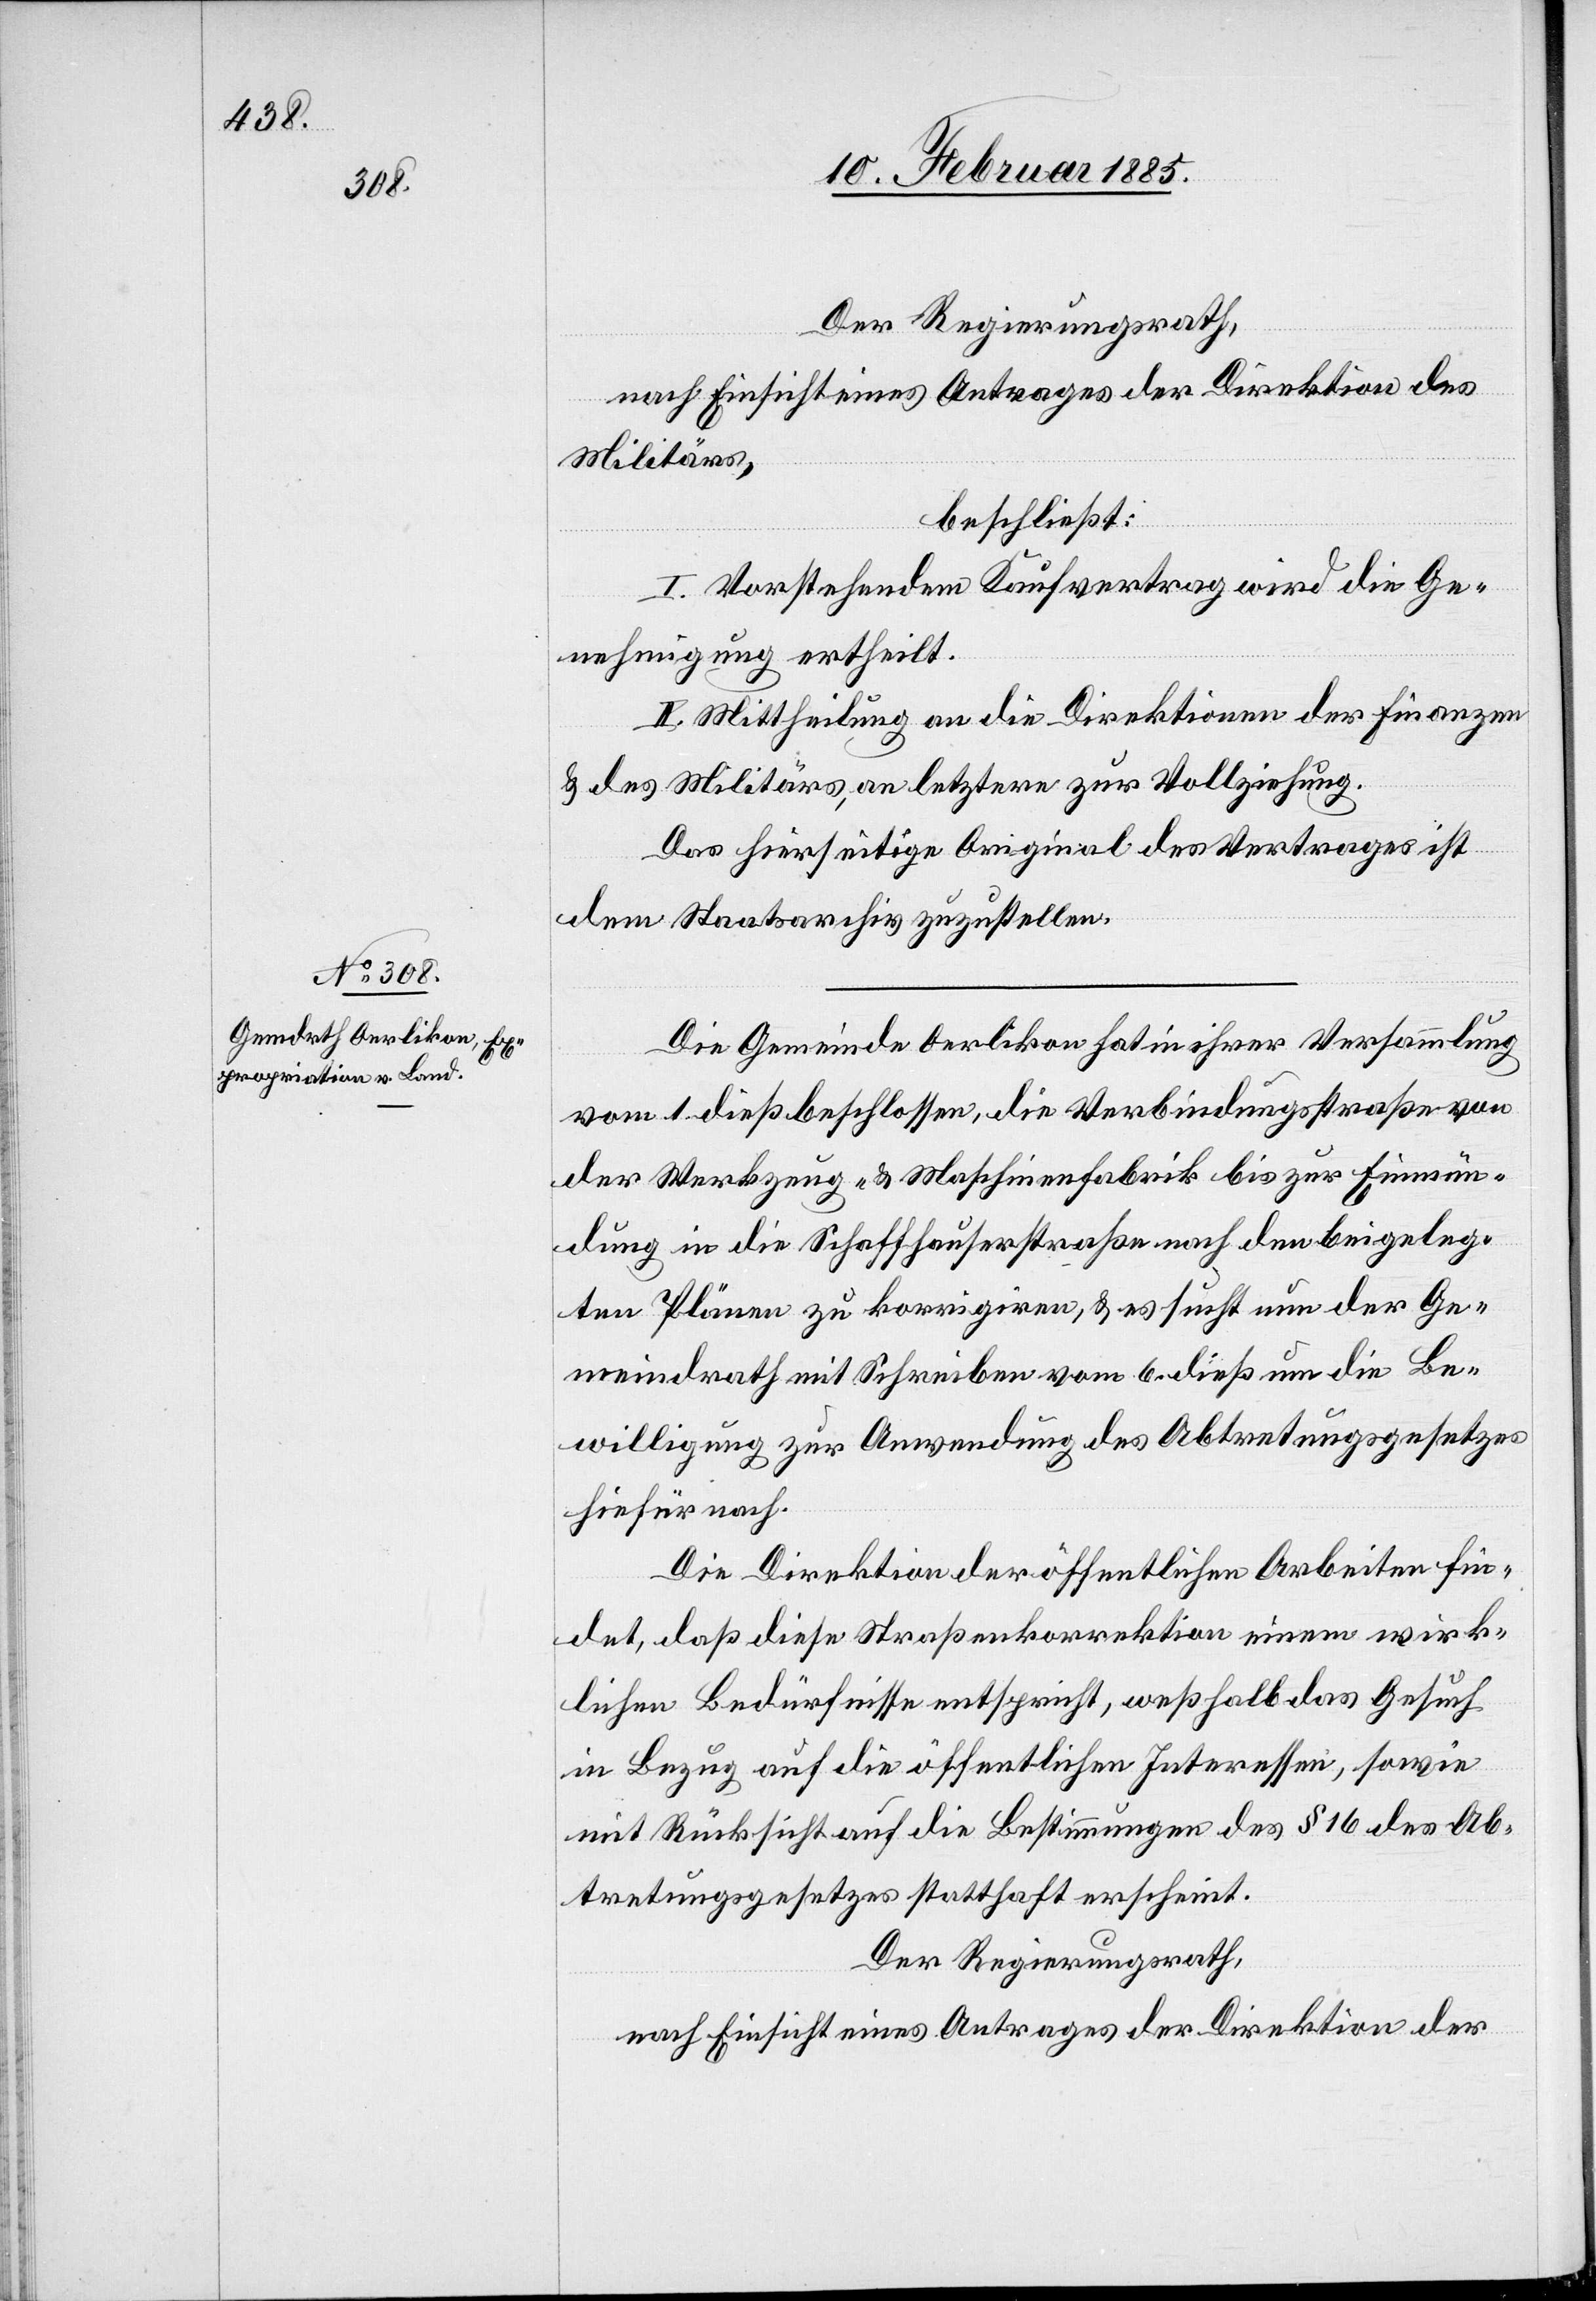
Der Regierungsrath,
nach Einsicht eines Antrages der Direktion des
Militärs,
beschließt:
I. Vorstehendem Kaufvertrag wird die Ge¬
nehmigung ertheilt.
II. Mittheilung an die Direktionen der Finanzen
& des Militärs, an letztere zur Vollziehung.
Das hierseitige Original des Vertrages ist
dem Staatsarchiv zuzustellen.
Die Gemeinde Oerlikon hat in ihrer Versammlung
vom 1. dieß beschlossen, die Verbindungsstraße von
der Werkzeug- & Maschinenfabrik bis zur Einmün¬
dung in die Schaffhauserstraße nach den beigeleg¬
ten Plänen zu korrigieren, & es sucht nun der Ge¬
meindrath mit Schreiben vom 6. dieß um die Be¬
willigung zur Anwendung des Abtretungsgesetzes
hierfür nach.
Die Direktion der öffentlichen Arbeiten fin¬
det, daß diese Straßenkorrektion einem wirk¬
lichen Bedürfnisse entspricht, weßhalb das Gesuch
in Bezug auf die öffentliche Interessen, sowie
mit Rücksicht auf die Bestimmungen des § 16 des Ab¬
tretungsgesetzes statthaft erscheint.
Der Regierungsrath,
nach Einsicht eines Antrages der Direktion der